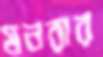
মনরার